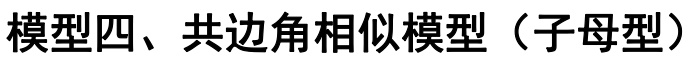
模型四、共边角相似模型（子母型）